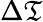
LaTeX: \Delta{\mathfrak{T}}